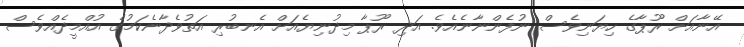
އޭނާއަށް ރޫޕާގެ ހިޔަނިވެސް ނުފެންނާނެއެވެ. އަދި ރޫޕާ މިދުނިޔެއަށް އެނބުރި އަތުވެދާނެކަމުގެ އުއްމީދެއްވެސް